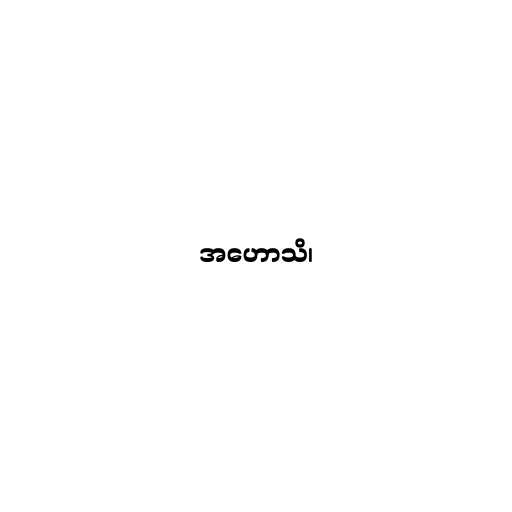
အဟောသိ၊